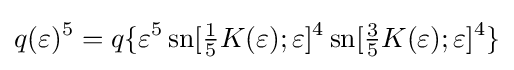
q(\varepsilon )^{5}=q\{\varepsilon ^{5}\operatorname {sn} [{\tfrac {1}{5}}K(\varepsilon );\varepsilon ]^{4}\operatorname {sn} [{\tfrac {3}{5}}K(\varepsilon );\varepsilon ]^{4}\}